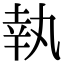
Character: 執